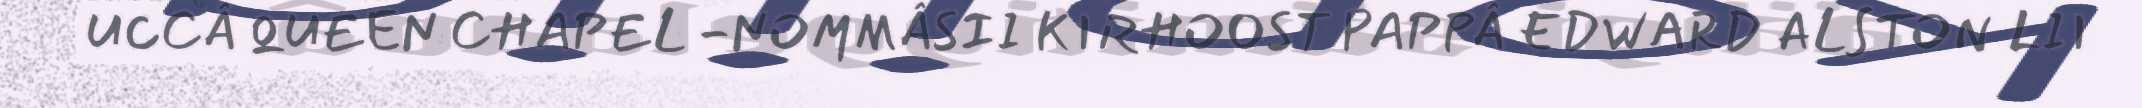
UCCÂ QUEEN CHAPEL -NOMMÂSII KIRHOOST PAPPÂ EDWARD ALSTON LII